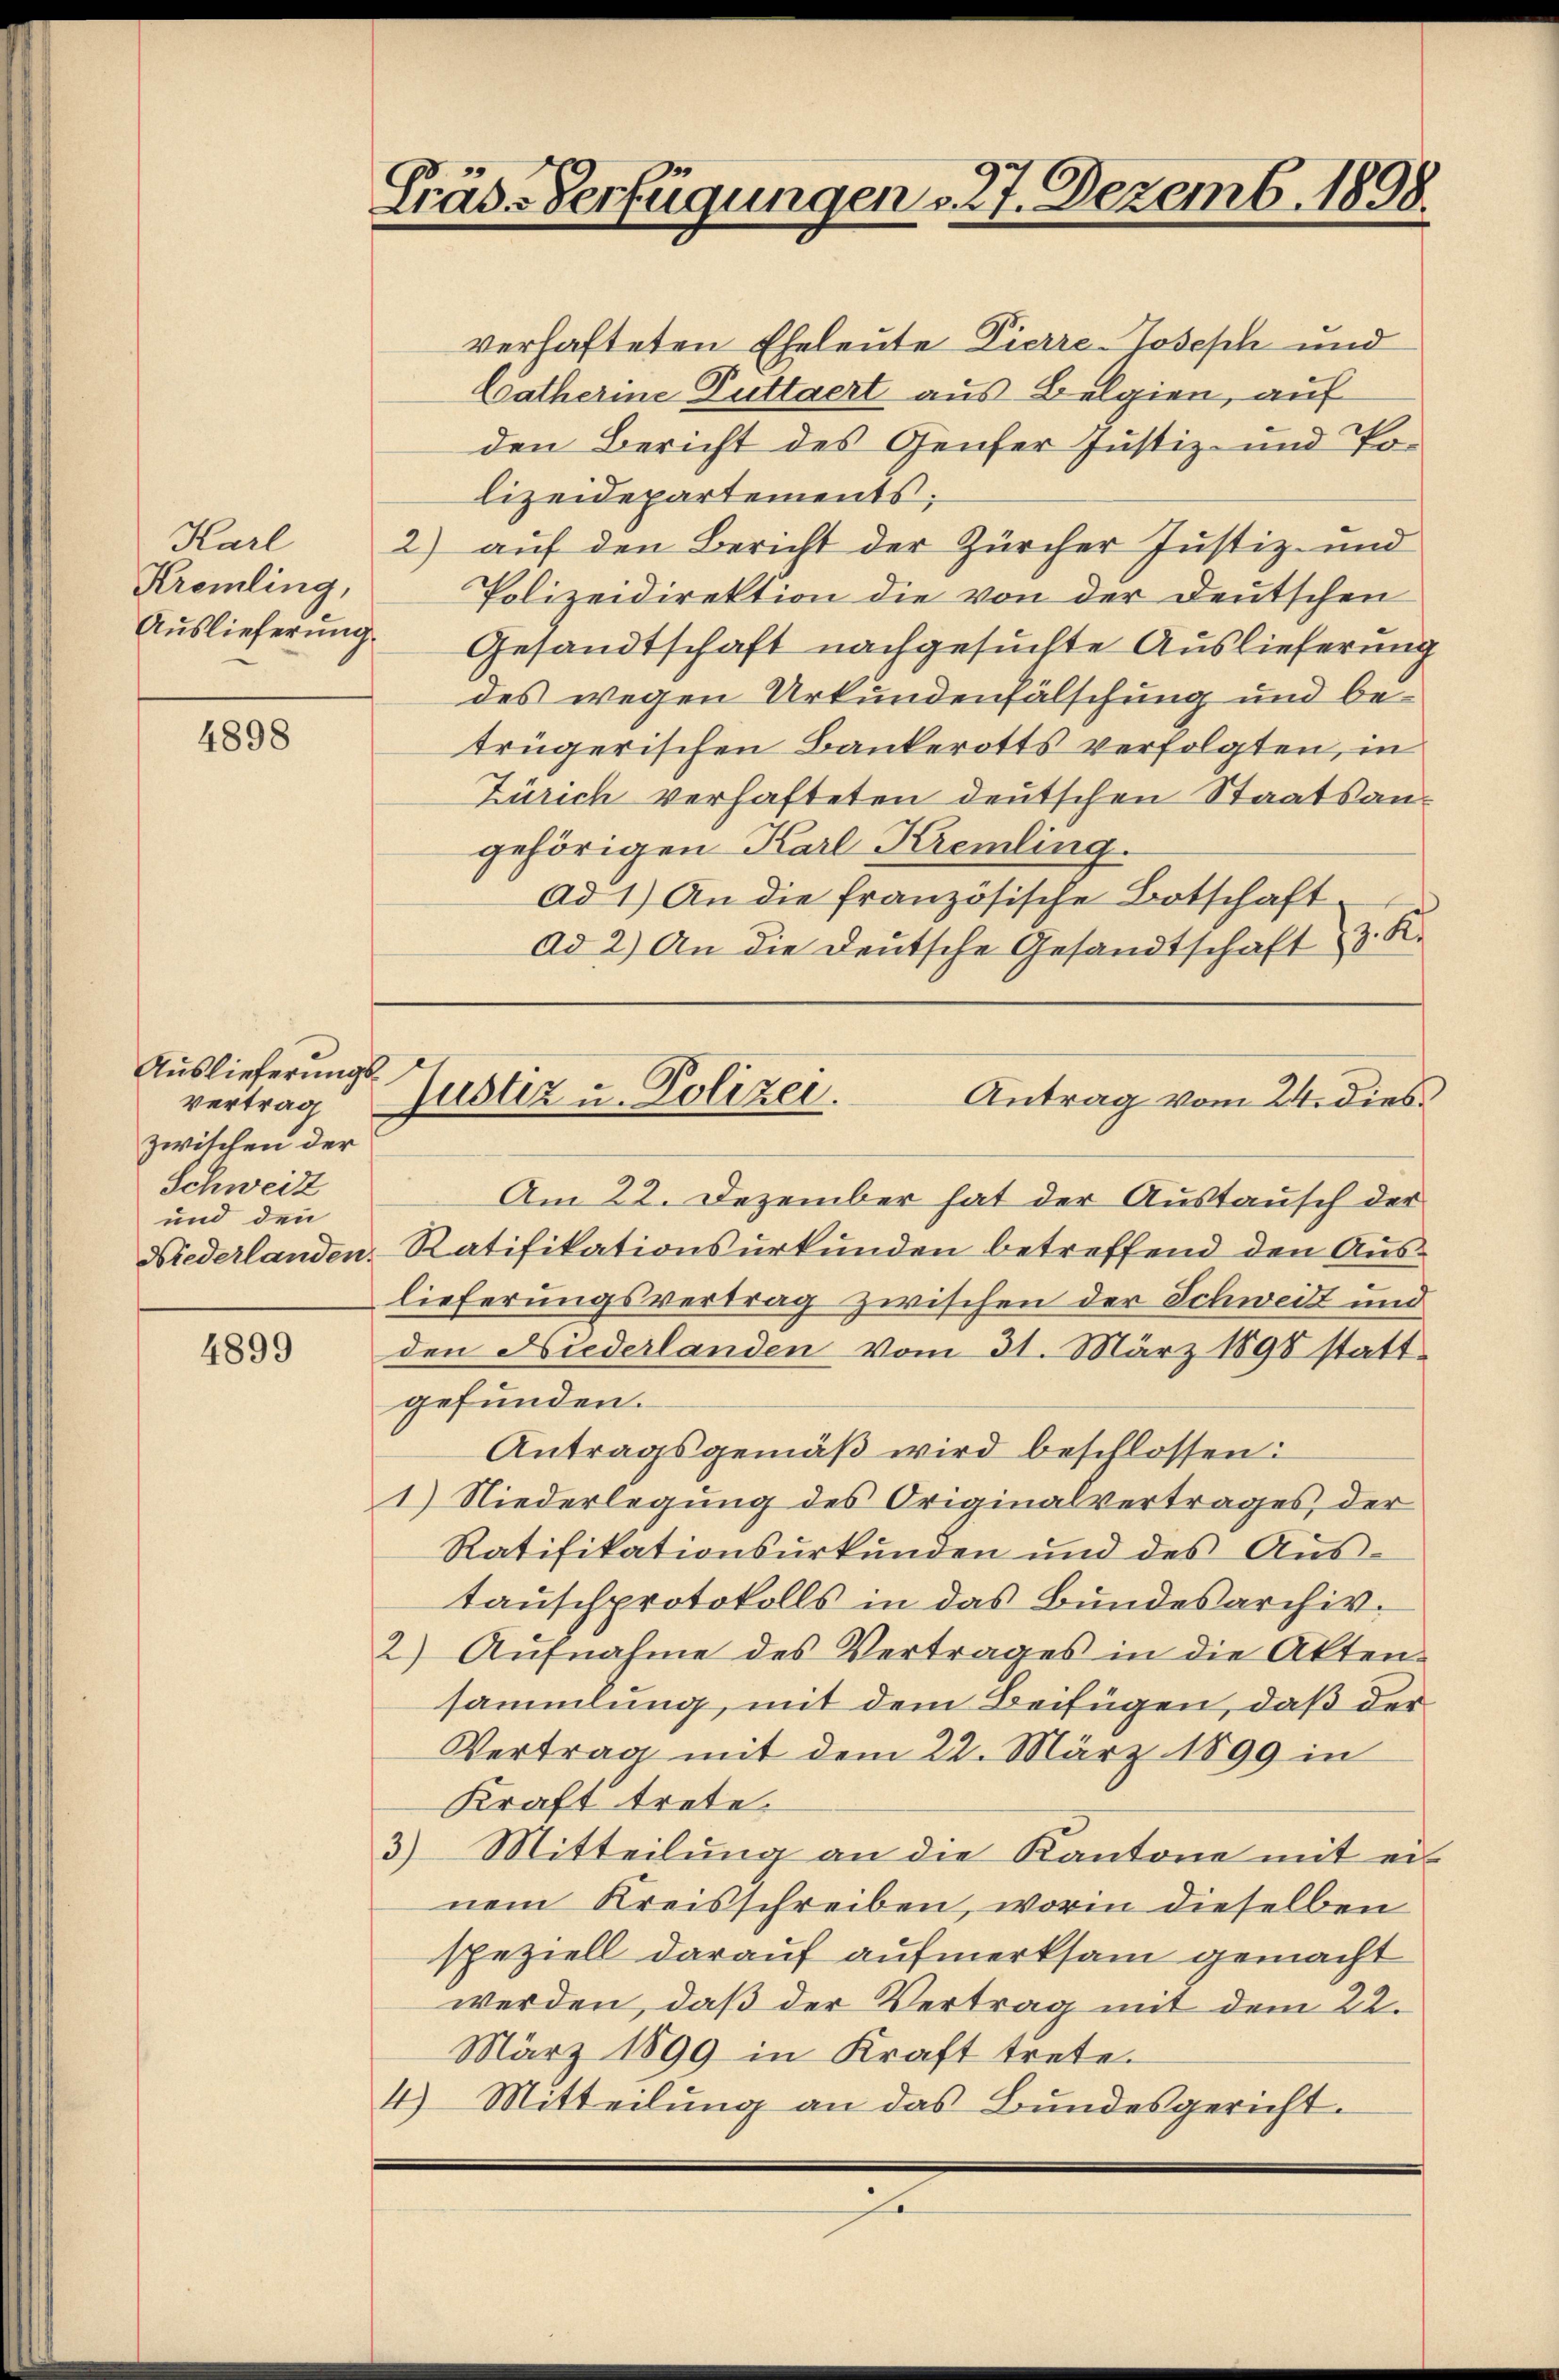
Karl
Kremling,

4898

Auslieferungsvertrag
zwischen der
Schweiz
und den

4899

Präs-Verfügungen u. 27. Dezemb. 1898.

verhafteten Eheleute Pierre-Joseph und
Catherine Duttaert aus Belgien, auf
den Bericht des Genfer Justiz- und Polizeidepartements;
2) auf den Bericht der Zürcher Justiz- und
Polizeidirektion die von der Deutschen
Auslieferung. Gesandtschaft nachgesuchte Auslieferung
des wegen Urkundenfälschung und betrügerischen Bankerotts verfolgten, in
Zürich verhafteten deutschen Staatsangehörigen Karl Kremling.
Ad 1) An die französische Botschaft.
ad 2.) An die deŭtsche Gesandtschaft z. K.
Am 22. Dezember hat der Austausch der
Wiederlanden Ratifikationsurkunden betreffend den Auslieferungsvertrag zwischen der Schweiz und
den Niederlanden vom 31. März 1890 statt
gefunden.
Antragsgemäß wird beschlossen:
1) Niederlegung des Originalvertrages, der
Ratifikationsurkunden und des Aŭs-
tauschprotokolls in das Bundesarchiv.
2) Aufnahme des Vertrages in die Akten-
sammlung, mit dem Beifügen, daß der
Vertrag mit dem 22. März 1899 in
Kraft trete.
3) Mitteilŭng an die Kantone mit ei-
nem Kreisschreiben, worin dieselben
speziell darauf aufmerksam gemacht
werden, daß der Vertrag mit dem 22.
März 1899 in Kraft trete.
4) Mitteilŭng an das Bundesgericht.

Justiz u. Polizei.
Antrag vom 24. dies

e